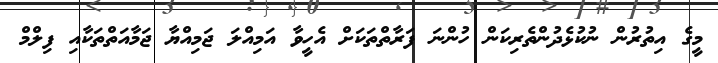
މީގެ އިތުރުން ނުކުޅެދުންތެރިކަން ހުންނަ ފަރާތްތަކަށް އެހީވާ އަމިއްލަ ޖަމިއްޔާ ޖަމާއަތްތަކާއި ފިލްމް